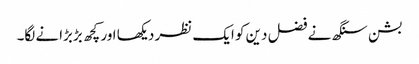
بشن سنگھ نے فضل دین کو ایک نظر دیکھا اور کچھ بڑبڑانے لگا۔